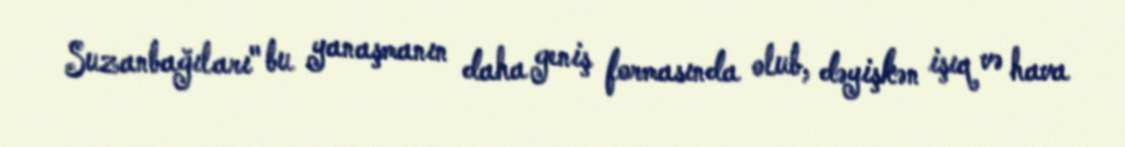
Suzanbağıları" bu yanaşmanın daha geniş formasında olub, dəyişkən işıq və hava